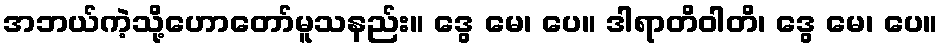
အဘယ်ကဲ့သို့ဟောတော်မူသနည်း။ ဒွေ မေ၊ ပေ။ ဒါရာတိဝါတိ၊ ဒွေ မေ၊ ပေ။